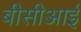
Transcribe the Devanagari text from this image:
बीसीआई